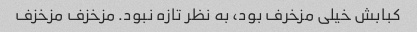
کبابش خیلی مزخرف بود، به نظر تازه نبود. مزخزف مزخزف